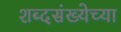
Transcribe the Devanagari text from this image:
शब्दसंख्येच्या